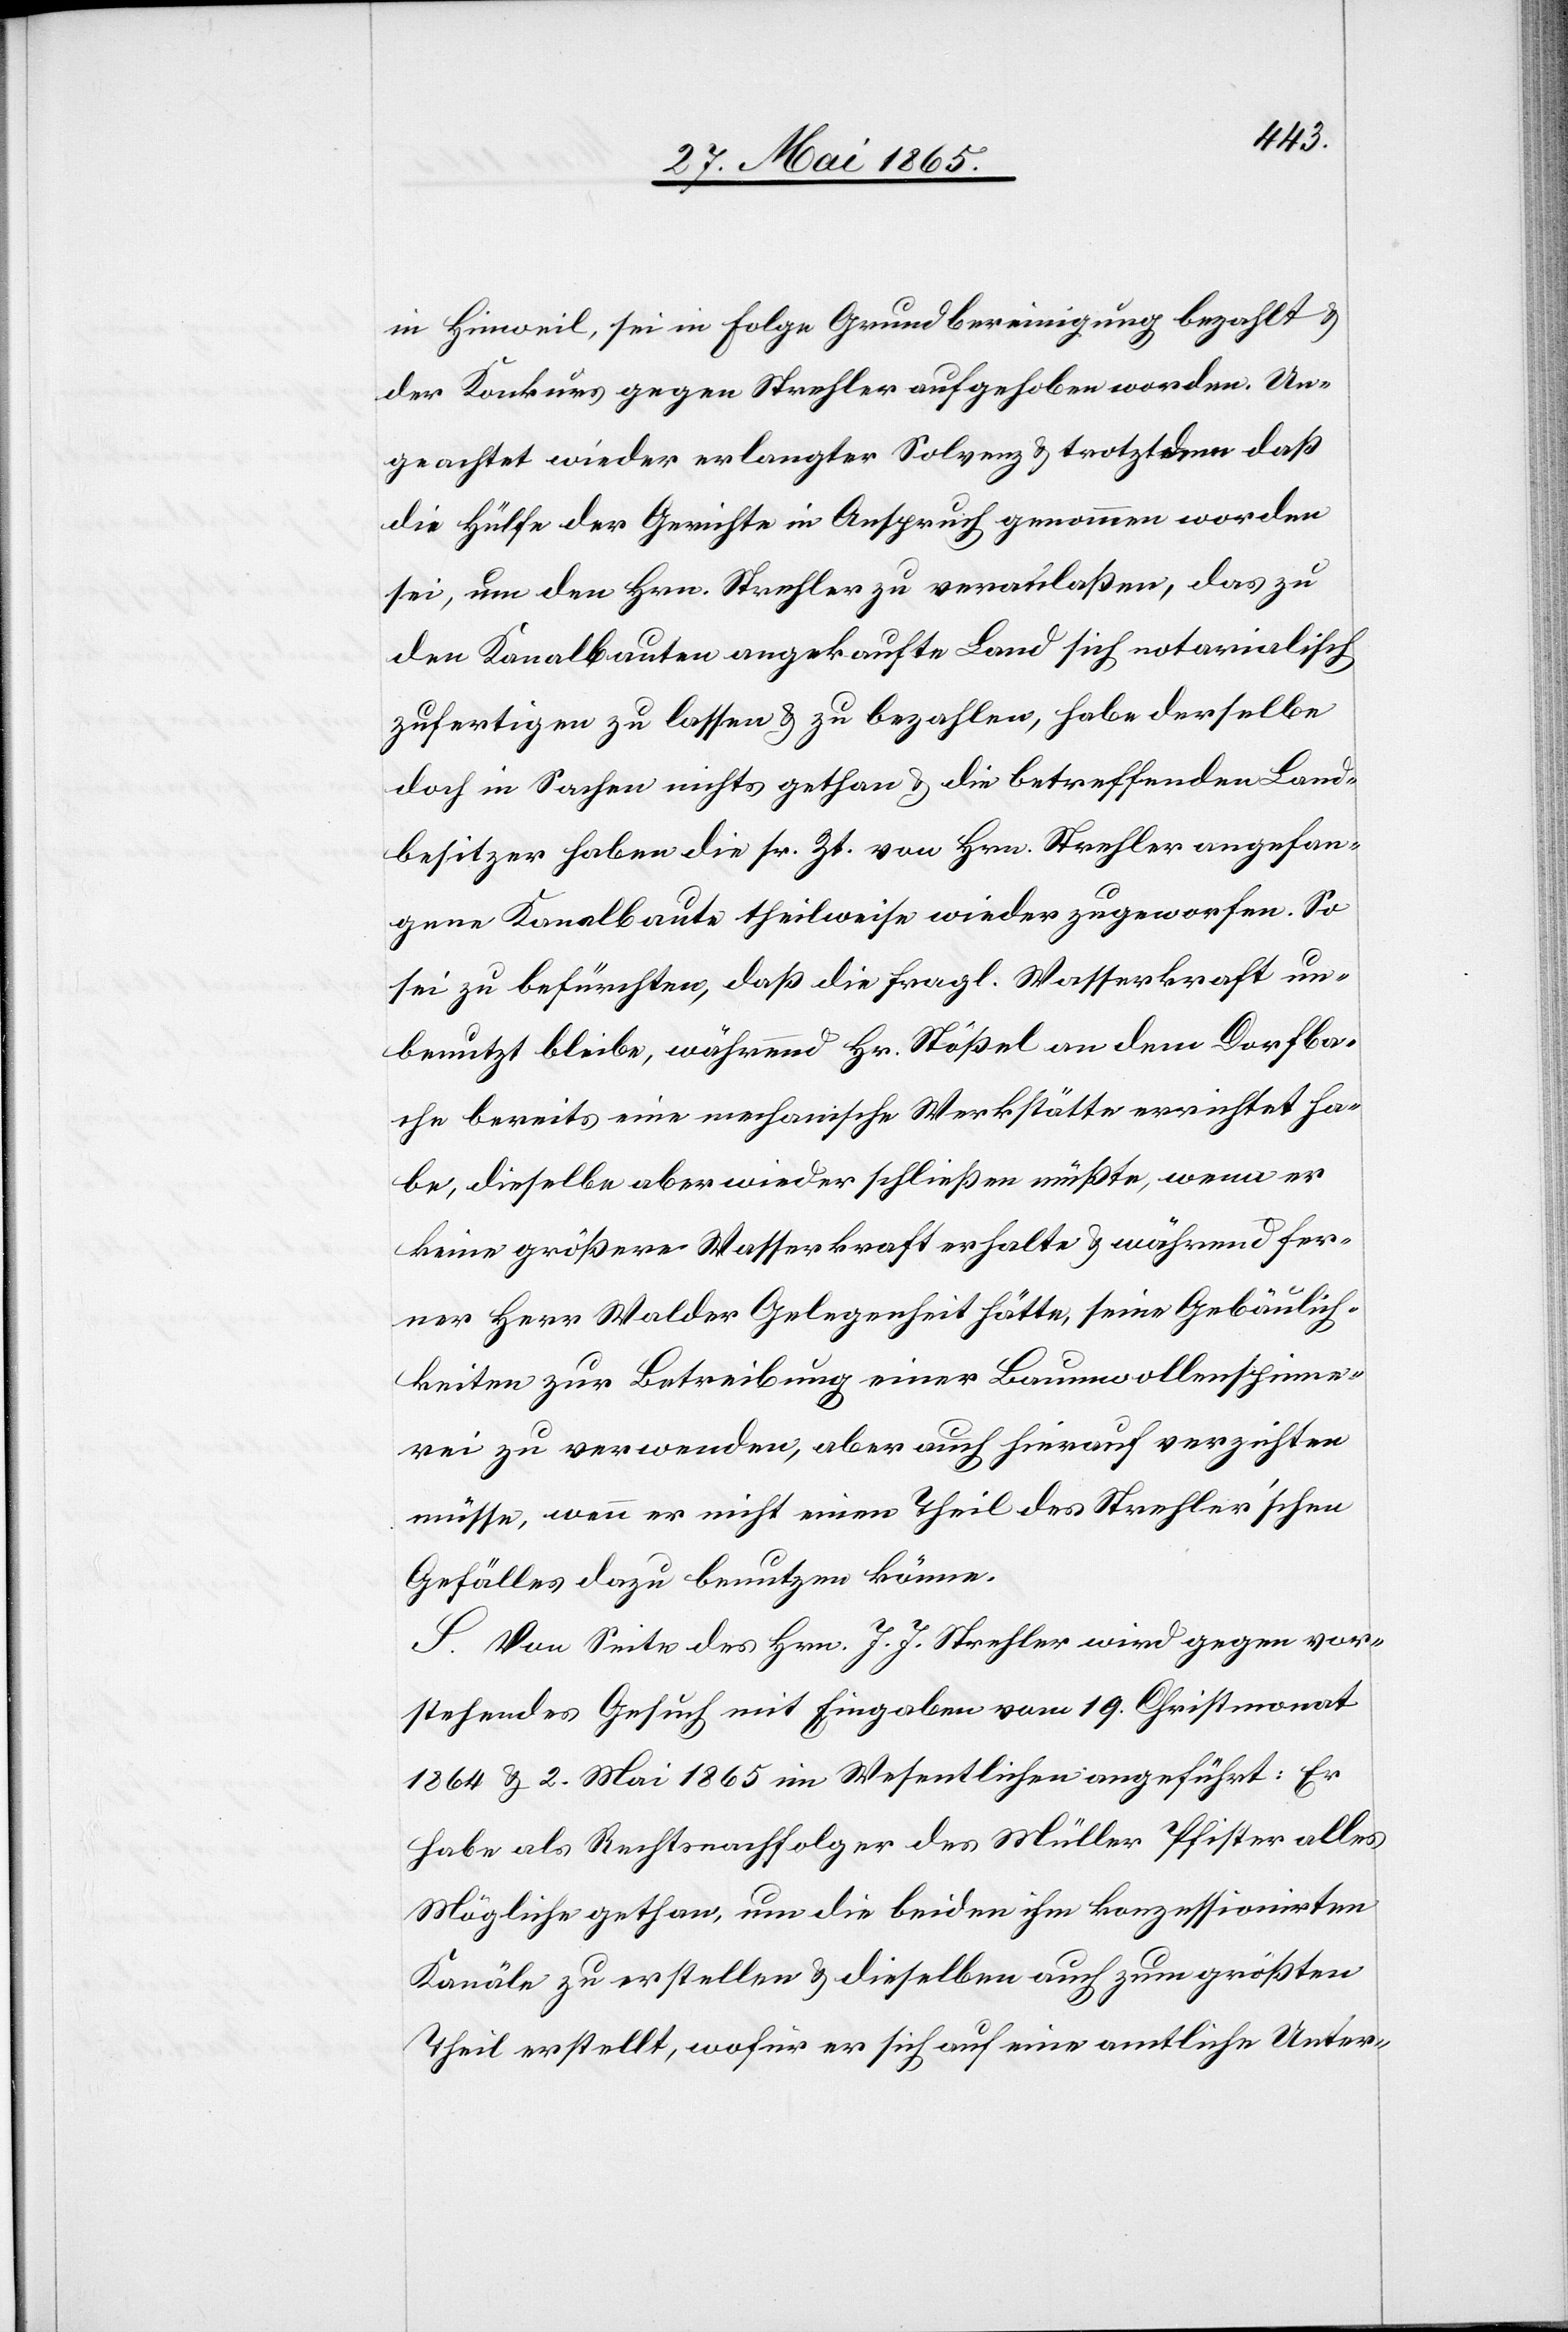
in Hinweil, sei in Folge Grundbereinigung bezahlt &
der Konkurs gegen Strehler aufgehoben worden. Un¬
geachtet wieder erlangter Solvenz & trotztdem [sic!] daß
die Hülfe der Gerichte in Anspruch genommen worden
sei, um den Hrn. Strehler zu veranlaßen, das zu
den Kanalbauten angekaufte Land sich notarialisch
zufertigen zu lassen & zu bezahlen, habe derselbe
doch in Sachen nichts gethan & die betreffenden Land¬
besitzer haben die sr. Zt. von Hrn. Strehler angefan¬
gene Kanalbaute theilweise wieder zugeworfen. So
sei zu befürchten, daß die fragl. Wasserkraft un¬
benutzt bleibe, während Hr. Stößel an dem Dorfba¬
che bereits eine mechanische Werkstätte errichtet ha¬
be, dieselbe aber wieder schließen müßte, wenn er
keine größere Wasserkraft erhalte & während fer¬
ner Herr Walder Gelegenheit hätte, seine Gebäulich¬
keiten zur Betreibung einer Baumwollenspinne¬
rei zu verwenden, aber auch hierauf verzichten
müsse, wenn er nicht einen Theil des Strehler’schen
Gefälles dazu benutzen könne.
S. Von Seite des Hrn. J. J. Strehler wird gegen vor¬
stehendes Gesuch mit Eingaben vom 19. Christmonat
1864 & 2. Mai 1865 im Wesentlichen angeführt: Er
habe als Rechtsnachfolger des Müller Pfister alles
Mögliche gethan, um die beiden ihm konzessionirten
Kanäle zu erstellen & dieselben auch zum größten
Theil erstellt, wofür er sich auf eine amtliche Unter-